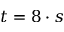
t = 8 \cdot s